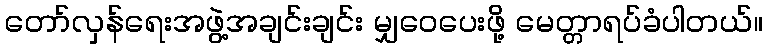
တော်လှန်ရေးအဖွဲ့အချင်းချင်း မျှဝေပေးဖို့ မေတ္တာရပ်ခံပါတယ်။